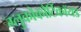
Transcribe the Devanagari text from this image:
ग्लुकोकौर्टिकॉयड